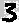
Text: 3